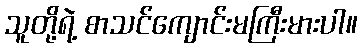
သူတို့ရဲ့ စာသင်ကျောင်းမကြီးမားပါ။